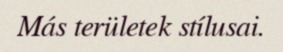
Más területek stílusai.